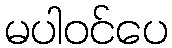
မပါဝင်ပေ